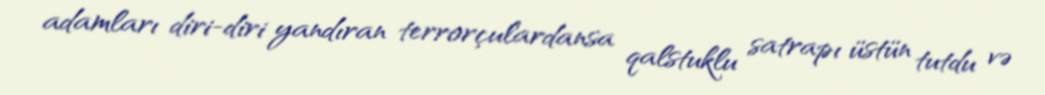
adamları diri-diri yandıran terrorçulardansa qalstuklu satrapı üstün tutdu və